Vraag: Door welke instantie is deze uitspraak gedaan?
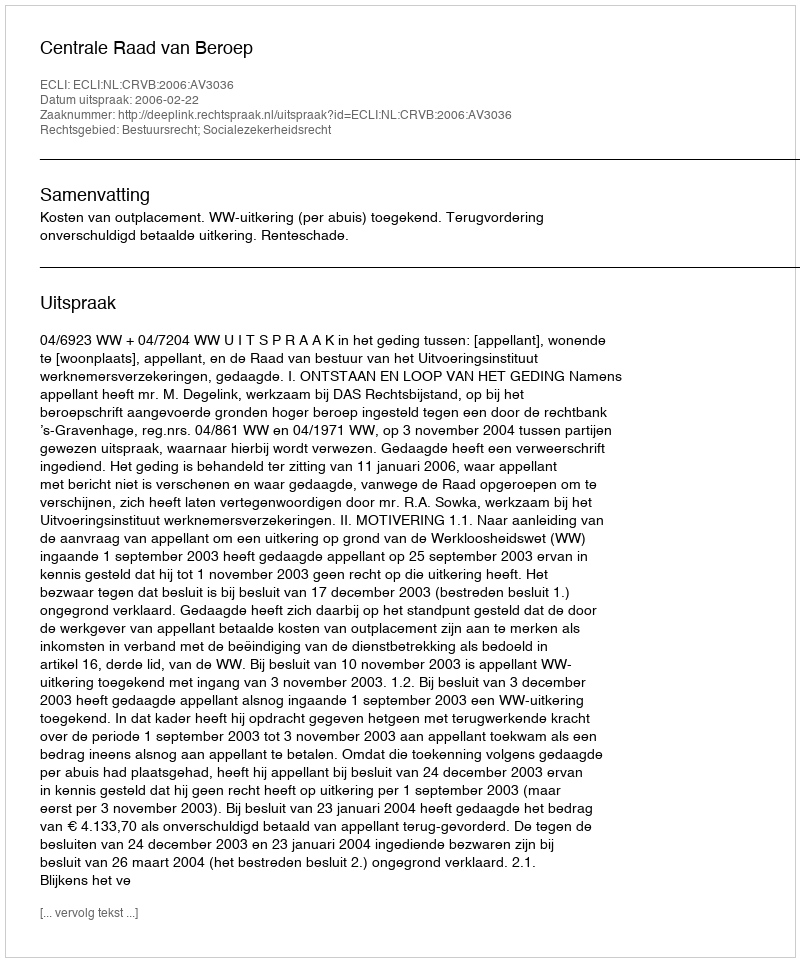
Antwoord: Centrale Raad van Beroep